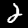
Digit: 2